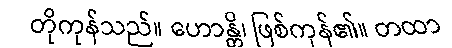
တိုကုန်သည်။ ဟောန္တိ၊ ဖြစ်ကုန်၏။ တထာ